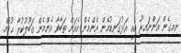
ނިމިގެން އަންނައިރު އެއީ އަޅުގަނޑުމެން އެންމެން އެއަށް ތަބާވާ އެންމެން ގަބޫލުކުރާ ޙުކުމް.